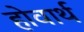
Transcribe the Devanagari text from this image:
होवार्थ